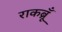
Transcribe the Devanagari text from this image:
राकब्रूँ